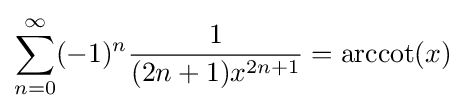
\sum _{n=0}^{\infty }(-1)^{n}{\frac {1}{(2n+1)x^{2n+1}}}=\operatorname {arccot} (x)